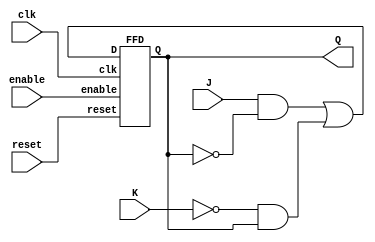
module FFJK(input enable, reset, clk, J, K, output wire Q);

wire D;

assign D = (J & ~Q) | (~K & Q);

FFD F1(enable, reset, clk, D, Q);


endmodule






module FFD(input enable, reset, clk, D, output  reg Q);

always @ (posedge clk, posedge reset)
begin
  begin
  if (reset)
    Q <= 0;
  else if (~enable)
    Q <=Q;
  else
  Q <= D;
  end
end
  endmodule